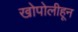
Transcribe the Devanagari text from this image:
खोपोलीहून